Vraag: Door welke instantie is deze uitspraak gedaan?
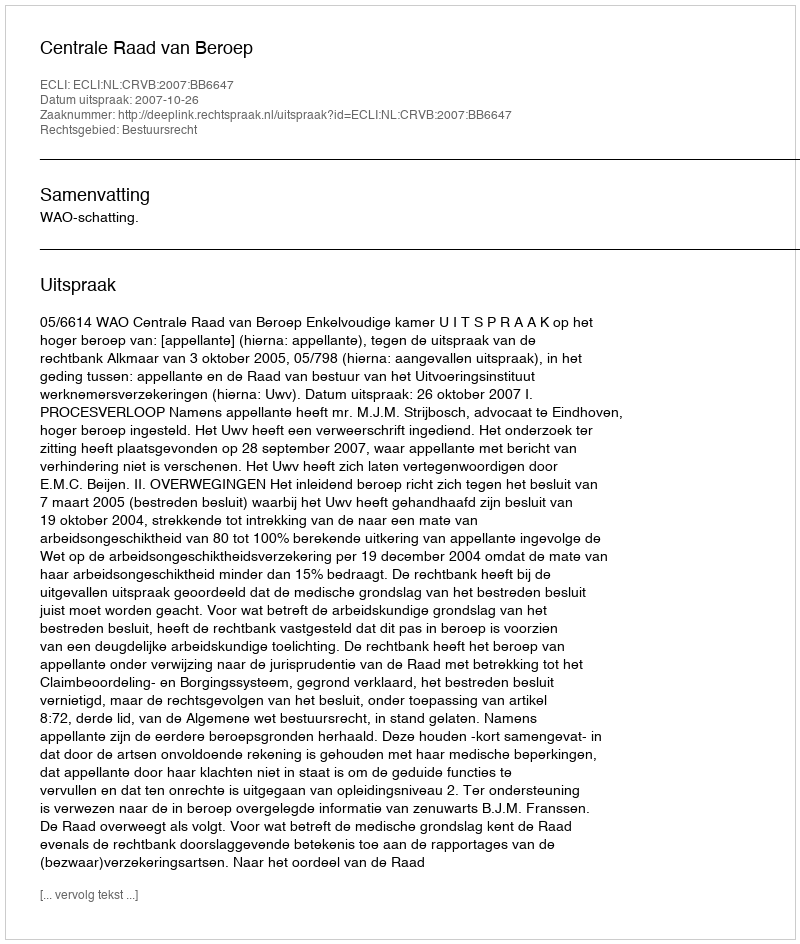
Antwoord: Centrale Raad van Beroep